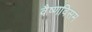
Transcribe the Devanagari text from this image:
वैष्णविसम